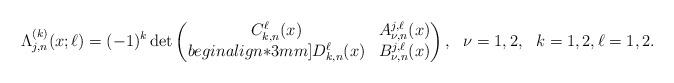
LaTeX: \begin{align*} \Lambda _{j,n}^{(k)}(x;\ell)=(-1)^{k}\det \begin{pmatrix}C_{k,n}^{\ell}(x)& A_{\nu,n}^{j,\ell}(x)\\begin{align*}3mm] D_{k,n}^{\ell}(x)& B_{\nu,n}^{j,\ell}(x)\end{pmatrix}, \ \ \nu=1,2,\ \ k=1,2,\ell=1,2. \end{align*}